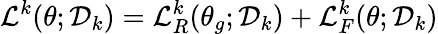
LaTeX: \mathcal{L}^{k}(\theta;\mathcal{D}_{k})=\mathcal{L}_{R}^{k}(\theta_{g};\mathcal{D}_{k})+\mathcal{L}_{F}^{k}(\theta;\mathcal{D}_{k})